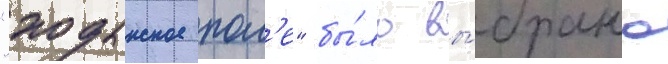
"ходынское пол'е" бы́ло вы́брано